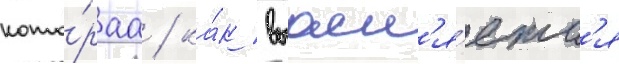
кото́раа / ка́к выасн'я́етс'я